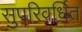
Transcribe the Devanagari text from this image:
सुपरिवर्धित